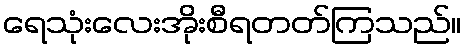
ရေသုံးလေးအိုးစီရတတ်ကြသည်။